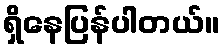
ရှိနေပြန်ပါတယ်။